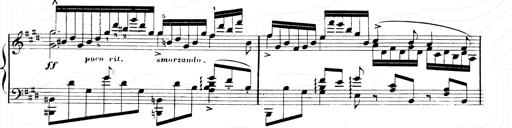
Title: 2 Transcriptions d'aprÃ¨s Rossini
Composer: Franz Liszt